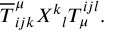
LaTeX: \overline { { { T } } } _ { i j k } ^ { \mu } X ^ { k } { } _ { l } T _ { \mu } ^ { i j l } .